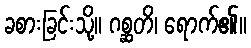
ခစားခြင်းသို့။ ဂစ္ဆတိ၊ ရောက်၏။